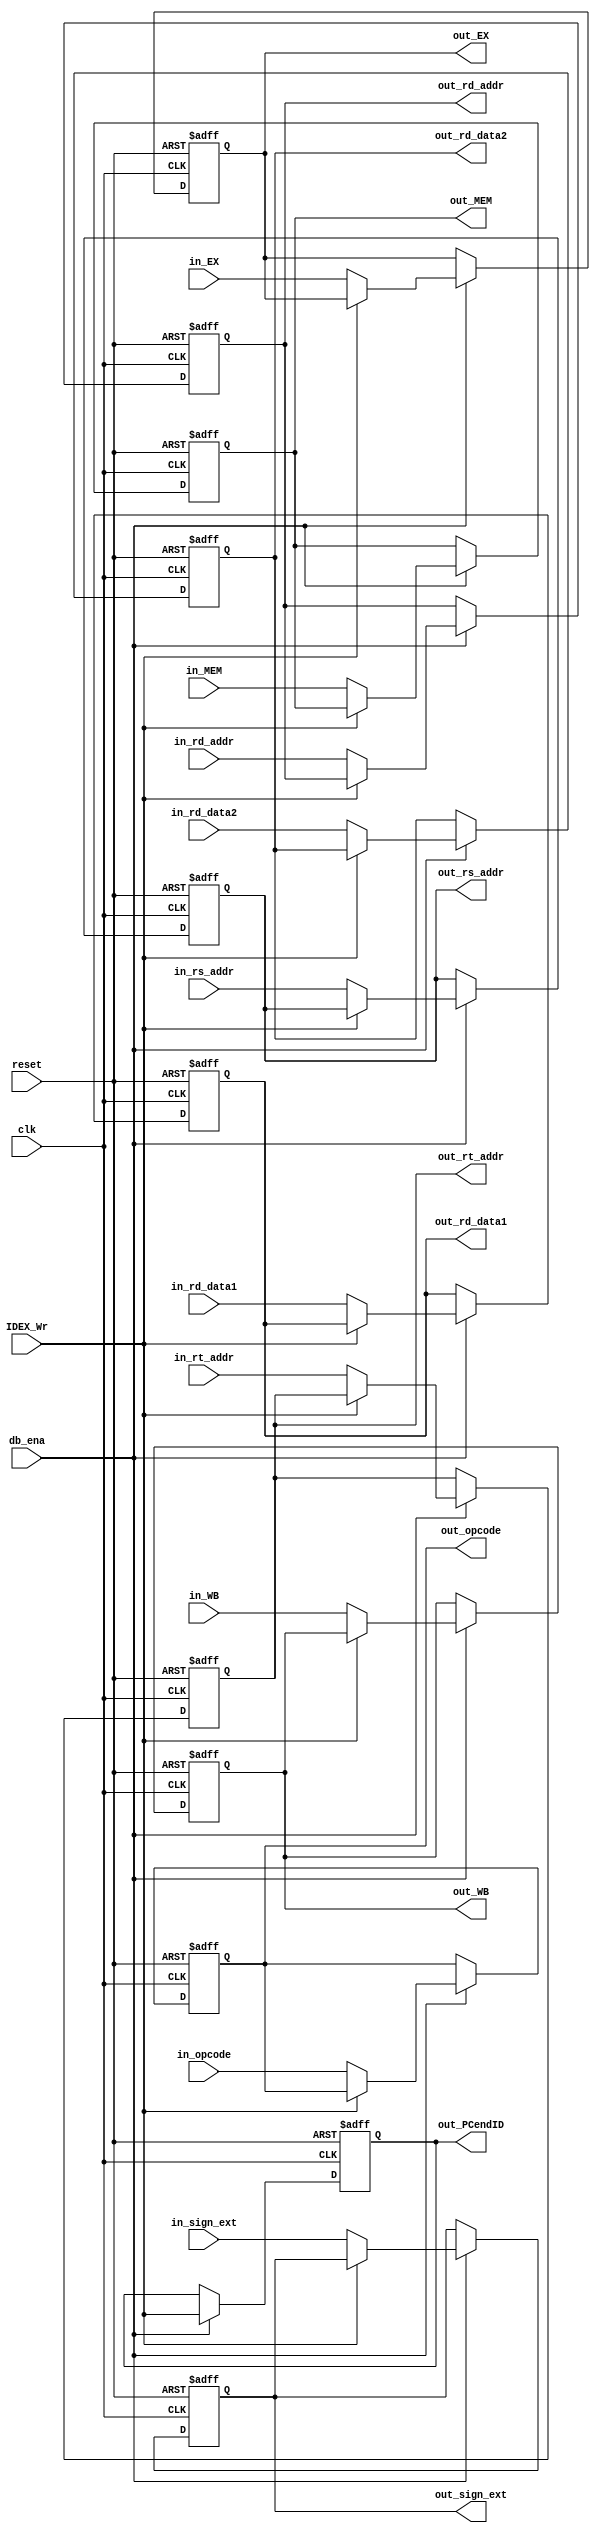
`timescale 1ns / 1ps
//////////////////////////////////////////////////////////////////////////////////
// Company: 
// Engineer: 
// 
// Design Name: 
// Module Name: ID_EX
// Project Name: 
// Target Devices: 
// Tool Versions: 
// Description: 
// 
// Dependencies: 
// 
// Revision:
// Revision 0.01 - File Created
// Additional Comments:
// 
//////////////////////////////////////////////////////////////////////////////////


module ID_EX(
    clk, reset, db_ena,
    IDEX_Wr, in_rd_data1, in_rd_data2,
    in_sign_ext, in_rs_addr, in_rt_addr,
    in_rd_addr, in_EX,in_MEM,
    in_WB, in_opcode, out_rd_data1,
    out_rd_data2, out_sign_ext,
    out_rs_addr, out_rt_addr,
    out_rd_addr,out_EX,
    out_MEM, out_WB, out_opcode, out_PCendID
 );

// Parametros internos
parameter msb = 31; // bit mas sigficativo

// Entrada a modulo
input clk, reset;
input db_ena; // control de ena PC desde debug unit (clk enable)
input [msb:0] in_rd_data1; 	// entrada de reg data 1
input [msb:0] in_rd_data2; 	// entrada de reg data 2
input [msb:0] in_sign_ext; 	// entrada de seal extendida (valor inmediato - inmediate value)
input [4:0] in_rs_addr; 	// entrada de direccion de reg fuente rs
input [4:0] in_rt_addr; 	// entrada de direccion de reg fuente rt
input [4:0] in_rd_addr; 	// entrada de direccion de reg destino rd
input [5:0] in_EX; 			// entrada de las flags de control para la etapa EX - 6 flags (ALUSrcA, FunctSrc, RegDst, ALUSrc, ALUOp)
input [2:0] in_MEM; 		// entrada de las flags de control para la etapa MEM - 3 flags (Branch, MemWr, MemRd)
input [1:0] in_WB; 			// entrada de las flags de control para la etapa WB - 2 flags (MemtoReg, RegWrite)
input [5:0] in_opcode; 		// entrada de opcode desde etapa ID2
input IDEX_Wr; 				// habilitador de escritura de registro IDEX

// Salidas de modulo
output reg [msb:0] out_rd_data1; 	// entrada de reg data 1
output reg [msb:0] out_rd_data2; 	// entrada de reg data 2
output reg [msb:0] out_sign_ext; 	// entrada de seal extendida
output reg [4:0] out_rs_addr; 		// entrada de direccion de reg fuente rs
output reg [4:0] out_rt_addr; 		// entrada de direccion de reg fuente rt
output reg [4:0] out_rd_addr; 		// entrada de direccion de reg destino rd
output reg [5:0] out_EX; 			// salida de las flags de control para la etapa EX - 6 flags (ALUSrcA, FunctSrc, RegDst, ALUSrc, ALUOp)
output reg [2:0] out_MEM; 			// salida de las flags de control para la etapa MEM - 3 flags (Branch, MemWr, MemRd)
output reg [1:0] out_WB; 			// salida de las flags de control para la etapa WB - 2 flags (MemtoReg, RegWrite)
output reg [5:0] out_opcode; 		// salida de opcode para ser usado en etapa EX3
output reg out_PCendID;

// Variables internas
reg [4:0] rsa_next;
reg [4:0] rta_next;
reg [4:0] rda_next;
reg [msb:0] rsd_next;
reg [msb:0] rtd_next;
reg [msb:0] sign_ext_next;
reg [5:0] EX_next; 
reg [2:0] MEM_next; 
reg [1:0] WB_next;
reg [5:0] opcode_next;
reg next_PCendID;


always@(*)
begin
	rsa_next = out_rs_addr;
	rta_next = out_rt_addr;
	rda_next = out_rd_addr;
	rsd_next = out_rd_data1;
	rtd_next = out_rd_data2;
	sign_ext_next = out_sign_ext;
	EX_next = out_EX; 
	MEM_next = out_MEM;
	WB_next = out_WB;
	opcode_next = out_opcode;
	next_PCendID = IDEX_Wr;
	if(!IDEX_Wr)
	begin
		rsa_next = in_rs_addr;
		rta_next = in_rt_addr;
		rda_next = in_rd_addr;
		rsd_next = in_rd_data1;
		rtd_next = in_rd_data2;
		sign_ext_next = in_sign_ext;
		EX_next = in_EX; 
		MEM_next = in_MEM; 
		WB_next = in_WB;
		opcode_next = in_opcode;
	end
	
	
end

always@(posedge clk,posedge reset)
begin 
		if(reset)
		begin
			out_rs_addr <= 0;
			out_rt_addr <= 0;
			out_rd_addr <= 0;
			out_rd_data1 <= 0;
			out_rd_data2 <= 0;
			out_sign_ext <= 0;
			out_EX <= 0;
			out_MEM <= 0;
			out_WB <= 0;
			out_opcode <= 0;
			out_PCendID <= 1'b0;
		end
		
		else if(db_ena)
		begin
			out_rs_addr <= rsa_next;
			out_rt_addr <= rta_next;
			out_rd_addr <= rda_next;
			out_rd_data1 <= rsd_next;
			out_rd_data2 <= rtd_next;
			out_sign_ext <= sign_ext_next;
			out_EX <= EX_next;
			out_MEM <= MEM_next;
			out_WB <= WB_next;
			out_opcode <= opcode_next;
			out_PCendID <= next_PCendID;
		end
end

endmodule